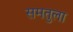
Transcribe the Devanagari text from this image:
समतुला